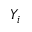
Y _ { i }